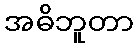
အဓိဘူတာ